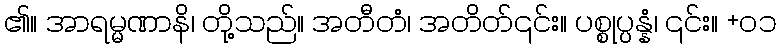
၏။ အာရမ္မဏာနိ၊ တို့သည်။ အတီတံ၊ အတိတ်၎င်း။ ပစ္စုပ္ပန္နံ၊ ၎င်း။ +၀၁